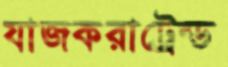
যাজকরাট্রেন্ড